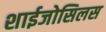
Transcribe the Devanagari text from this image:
शाईजोसिलस